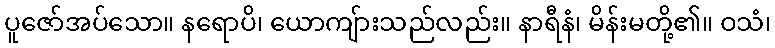
ပူဇော်အပ်သော။ နရောပိ၊ ယောကျ်ားသည်လည်း။ နာရီနံ၊ မိန်းမတို့၏။ ဝသံ၊